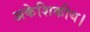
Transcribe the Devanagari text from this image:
अकेशिकीय।